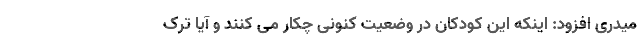
میدری افزود: اینکه این کودکان در وضعیت کنونی چکار می کنند و آیا ترک